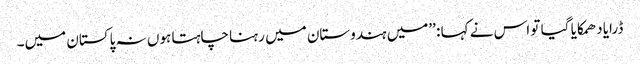
ڈرایا دھمکایا گیا تو اس نے کہا : ’’میں ہندوستان میں رہنا چاہتا ہوں نہ پاکستان میں۔